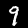
Label: 9